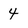
Character: 4